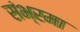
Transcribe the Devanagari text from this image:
संभ्रमा